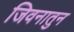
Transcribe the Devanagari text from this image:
जिवनातुन